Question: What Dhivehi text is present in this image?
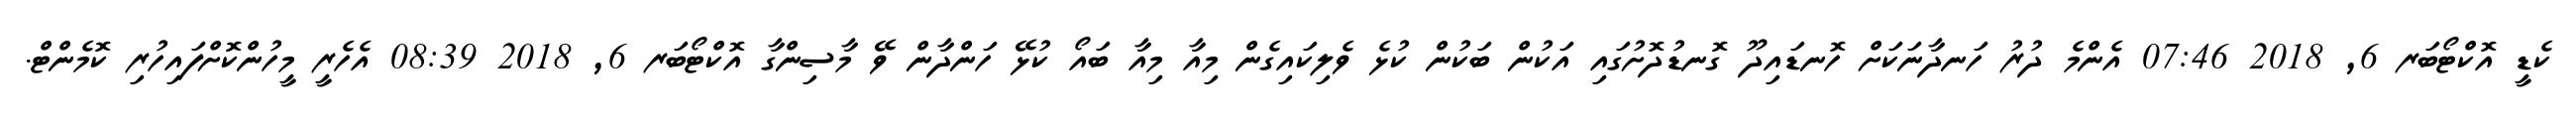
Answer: ކެޑީ އޮކްޓޯބަރ 6, 2018 07:46 އެންމެ ދުރު ހަނދާނަކަށް ހޮނޑައިދޫ ގޮނޑުދޮށުގައި އަކުން ބަކުން ކުޅެ ވެލިކައިގެން މިއާ މިއާ ބައޯ ކުޅޭ ހަންދާން ވޭ މާސިންގާ އޮކްޓޯބަރ 6, 2018 08:39 އެހެރީ މީހުންކޮށްފައިހުރި ކޮމެންޓް.